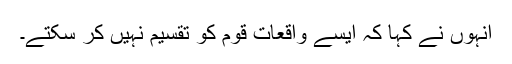
انہوں نے کہا کہ ایسے واقعات قوم کو تقسیم نہیں کر سکتے۔